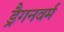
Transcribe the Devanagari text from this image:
ड्रैगनवर्म